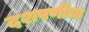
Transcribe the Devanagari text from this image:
दशपर्णीचा